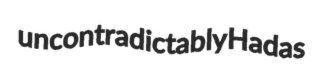
uncontradictably Hadas